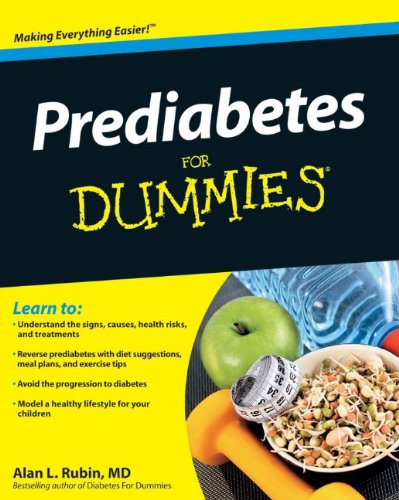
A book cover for Prediabetes For Dummies; Alan L. Rubin; Health, Fitness & Dieting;